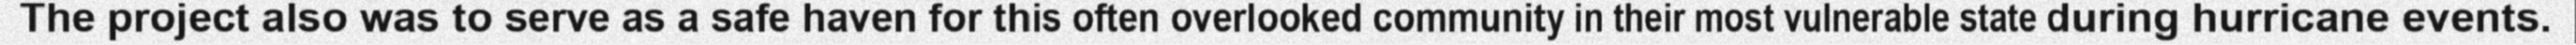
The project also was to serve as a safe haven for this often overlooked community in their most vulnerable state during hurricane events.